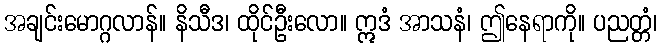
အချင်းမောဂ္ဂလာန်။ နိသီဒ၊ ထိုင်ဦးလော။ ဣဒံ အာသနံ၊ ဤနေရာကို။ ပညတ္တံ၊